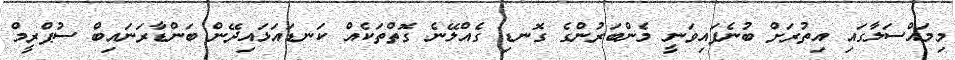
މިމައްސަލާގައި އިތުރަށް ބުނެފައިވަނީ މެންބަރުންގެ ގޮނޑި ގެއްލޭނެ ގޮތްތަކެއް ކަނޑައަޅައިދޭން ބަންޑާރަނައިބް ސުޕްރީމް